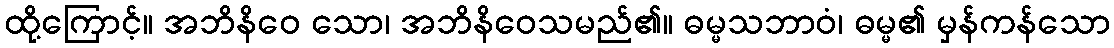
ထို့ကြောင့်။ အဘိနိဝေ သော၊ အဘိနိဝေသမည်၏။ ဓမ္မသဘာဝံ၊ ဓမ္မ၏ မှန်ကန်သော